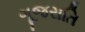
ગૂજરાતિ